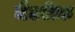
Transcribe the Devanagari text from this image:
मैटरीक